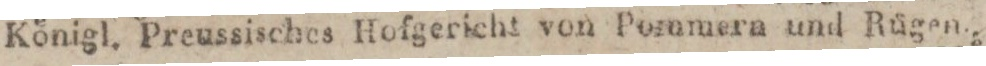
Königl. Preussisches Hofgericht von Pommera und Rügen.